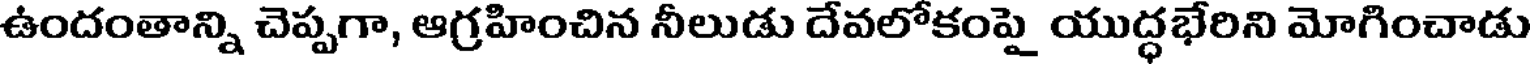
ఉందంతాన్ని చెప్పగా, ఆగ్రహించిన నీలుడు దేవలోకంపై యుద్ధభేరిని మోగించాడు